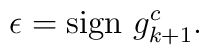
\epsilon = \mbox{sign }g^c_{k+1}.